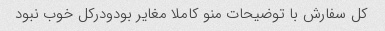
کل سفارش با توضیحات منو کاملا مغایر بودودرکل خوب نبود